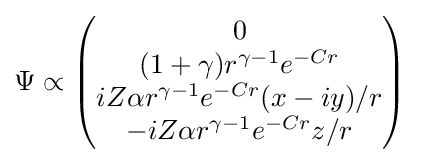
\Psi \propto {\begin{pmatrix}0\\(1+\gamma )r^{\gamma -1}e^{-Cr}\\iZ\alpha r^{\gamma -1}e^{-Cr}(x-iy)/r\\-iZ\alpha r^{\gamma -1}e^{-Cr}z/r\end{pmatrix}}